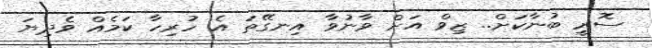
ސޮރީ ބުނާކަށް.. ޒިވް އަށް ވާނުވާ އިނގޭތަ އެ ހުރިހާ ކަމެއް ވެދިޔަ